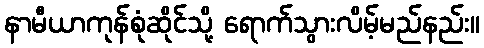
နာမီယာကုန်စုံဆိုင်သို့ ရောက်သွားလိမ့်မည်နည်း။